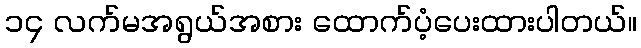
၁၄ လက်မအရွယ်အစား ထောက်ပံ့ပေးထားပါတယ်။